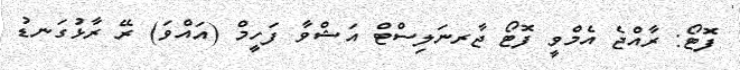
ފޮޓޯ: ރާއްޖެ އެމްވީ ފޮޓޯ ޖާރނަލިސްޓް އަޝްވާ ފަހީމް (އައްވަ) ރޭ ރާޅުގަނޑު